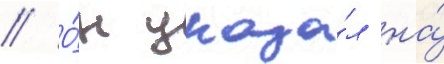
// О́н указа́л на́